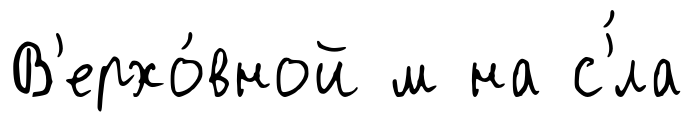
В'ерхо́вной м на с'́ла